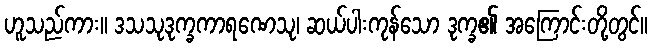
ဟူသည်ကား။ ဒသသုဒုက္ခကာရဏေသု၊ ဆယ်ပါးကုန်သော ဒုက္ခ၏ အကြောင်းတို့တွင်။